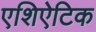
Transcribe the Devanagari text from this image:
एशिऐटिक